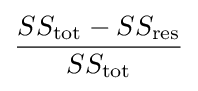
{\frac {SS_{\text{tot}}-SS_{\text{res}}}{SS_{\text{tot}}}}